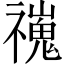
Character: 𫀢